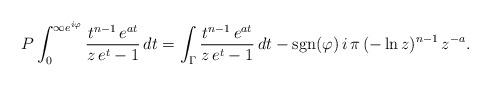
LaTeX: \begin{align*}P\int_0^{\infty {e}^{{i}\varphi}}\frac{t^{n-1}\,{e}^{at}}{z\,{e}^{t}-1}\,{d}t =\int_\Gamma \frac{t^{n-1}\,{e}^{at}}{z\,{e}^{t}-1}\,{d}t-{\rm sgn}(\varphi)\, {i}\,\pi\,(-\ln z)^{n-1}\,z^{-a}. \end{align*}